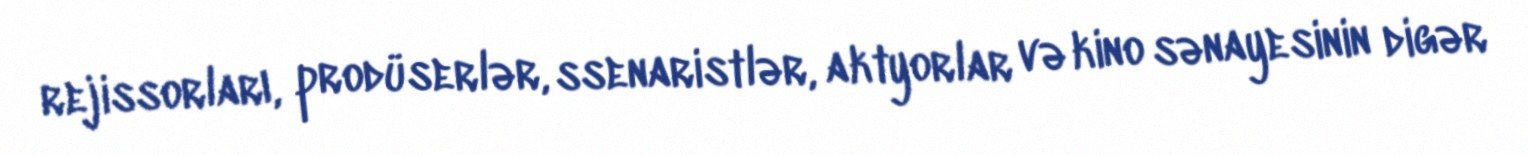
rejissorları, prodüserlər, ssenaristlər, aktyorlar və kino sənayesinin digər